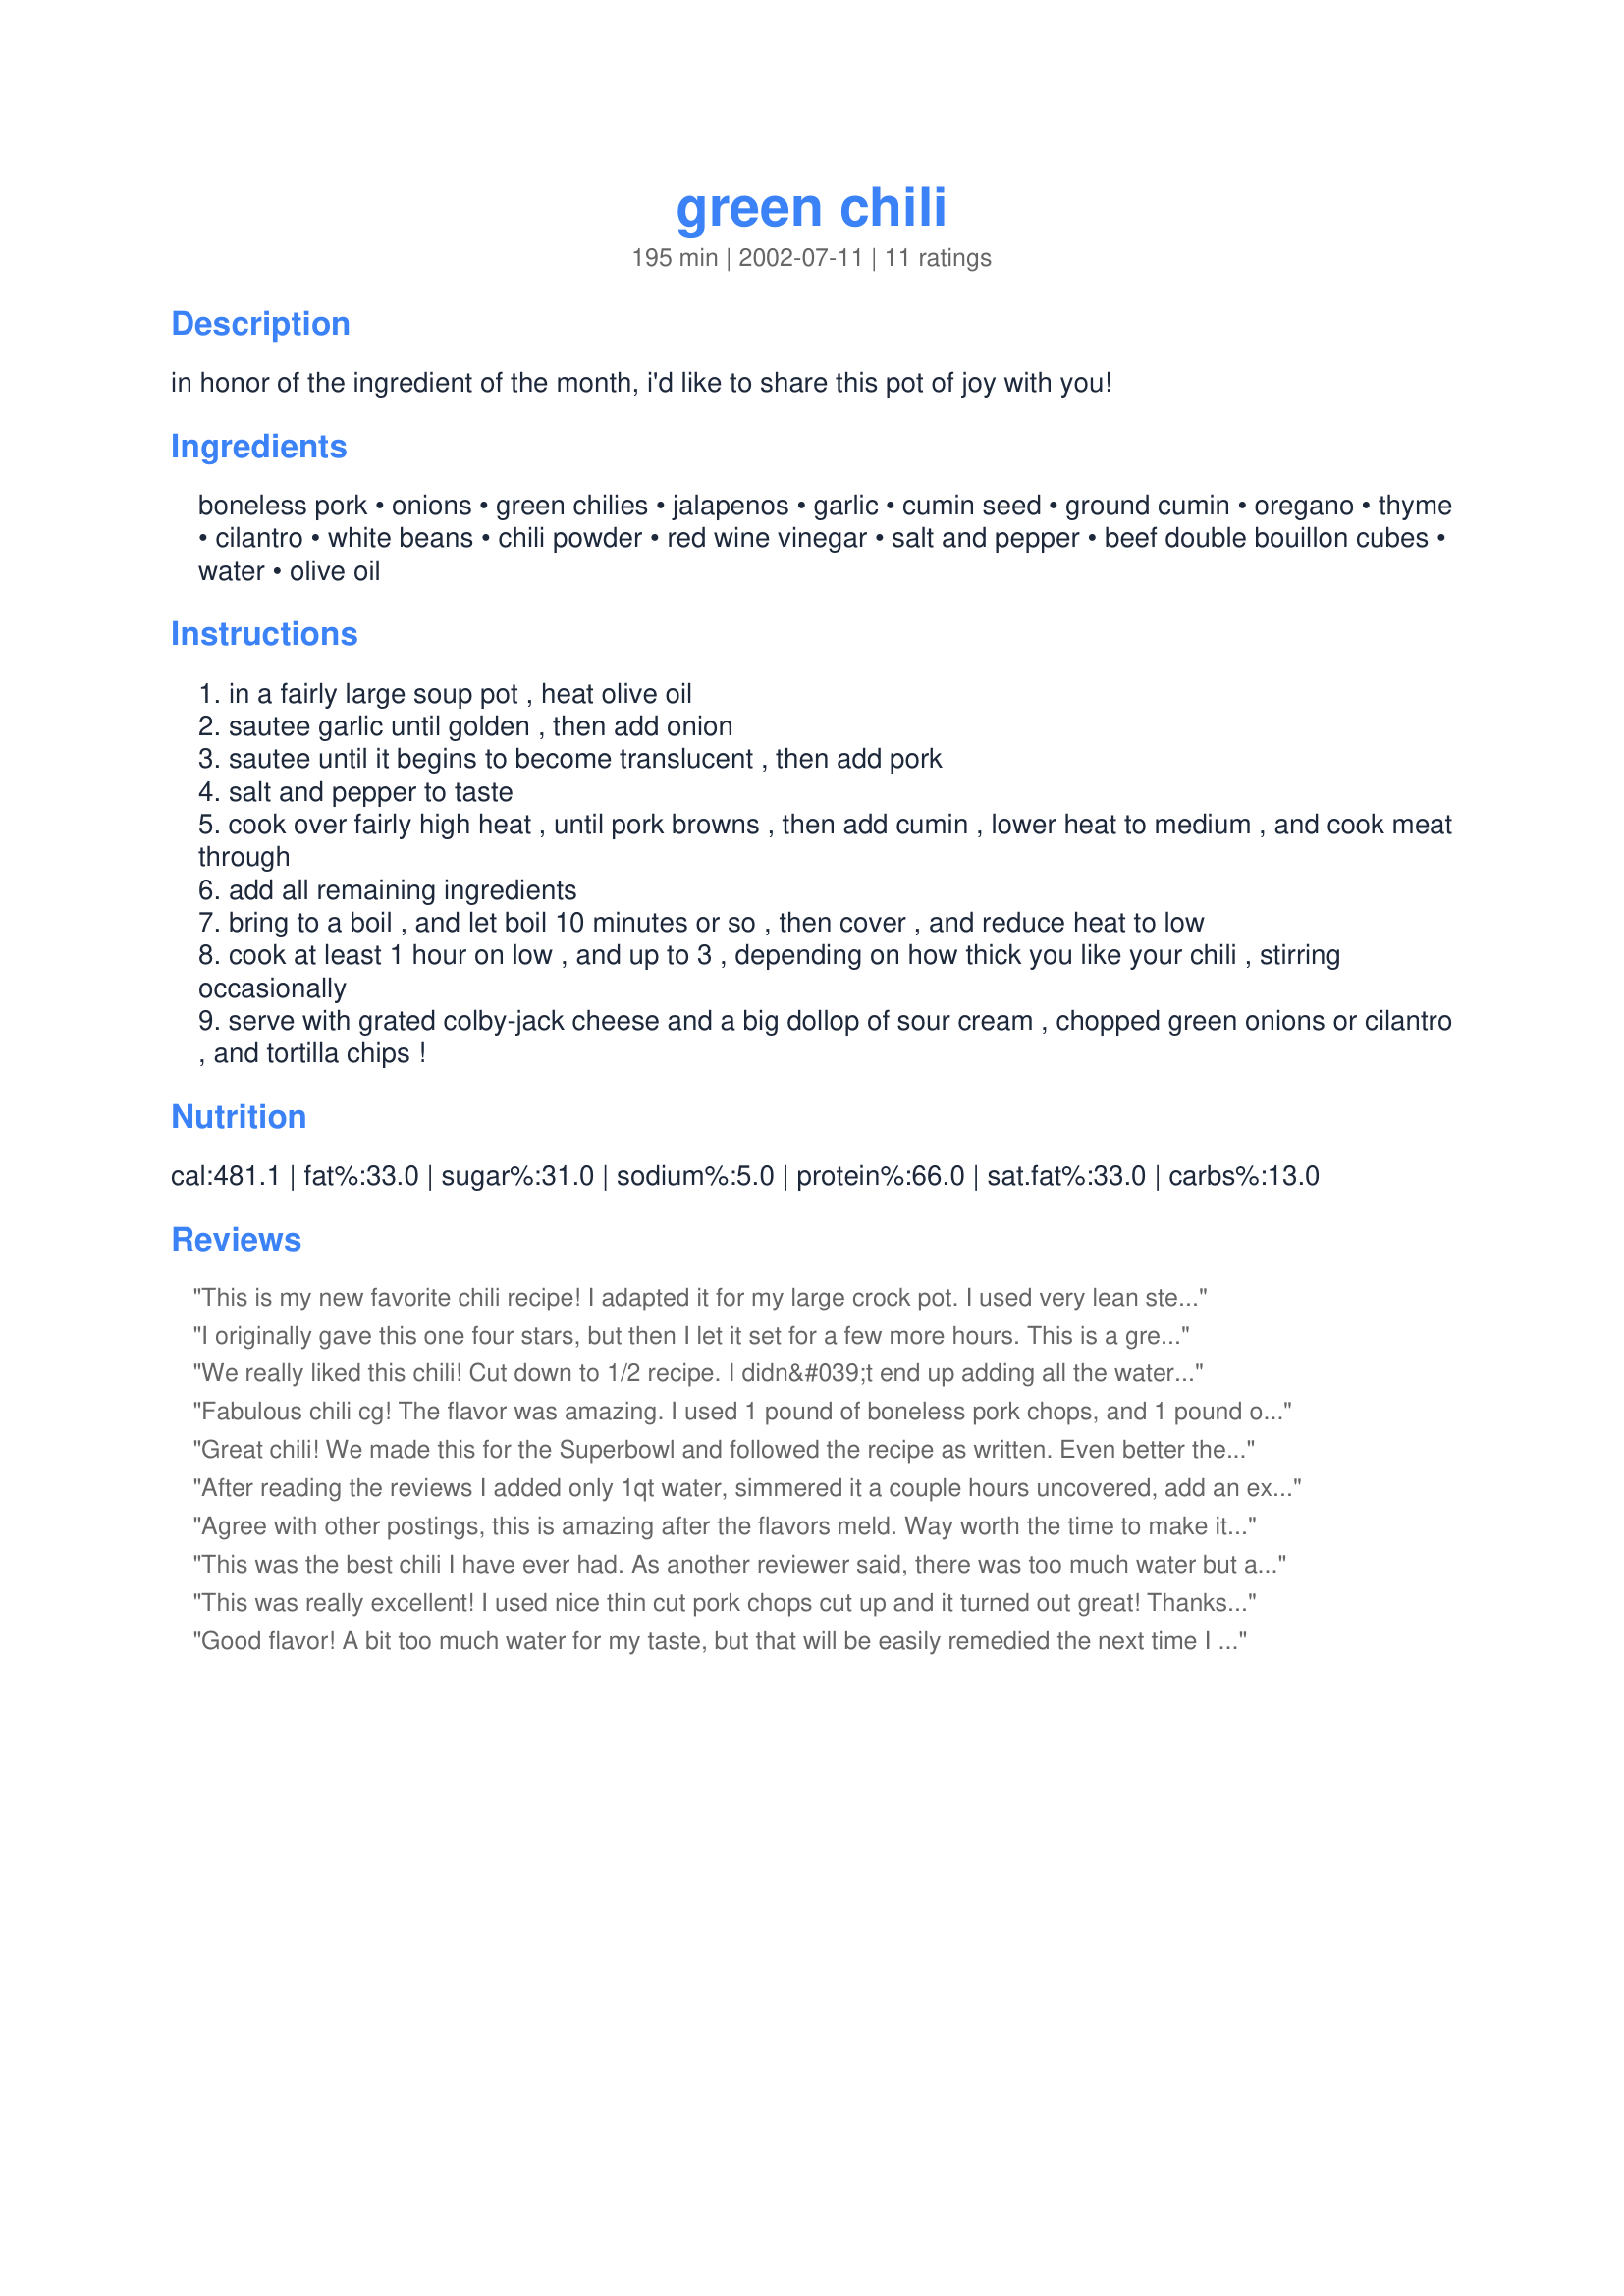
green chili
Preparation time: 195 minutes

in honor of the ingredient of the month, i'd like to share this pot of joy with you!

Ingredients:
boneless pork, onions, green chilies, jalapenos, garlic, cumin seed, ground cumin, oregano, thyme, cilantro, white beans, chili powder, red wine vinegar, salt and pepper, beef double bouillon cubes, water, olive oil

Steps:
in a fairly large soup pot , heat olive oil
sautee garlic until golden , then add onion
sautee until it begins to become translucent , then add pork
salt and pepper to taste
cook over fairly high heat , until pork browns , then add cumin , lower heat to medium , and cook meat through
add all remaining ingredients
bring to a boil , and let boil 10 minutes or so , then cover , and reduce heat to low
cook at least 1 hour on low , and up to 3 , depending on how thick you like your chili , stirring occasionally
serve with grated colby-jack cheese and a big dollop of sour cream , chopped green onions or cilantro , and tortilla chips !

Reviews:
This is my new favorite chili recipe! I adapted it for my large crock pot. I used very lean stew beef instead of pork, and 6 cups low sodium beef broth instead of boullion and water. I put everything in the crock pot except the beans and cilantro and let simmer at 250 degrees (low) for 8 hours. I added the beans and cilantro 1/2 hour before serving.
I originally gave this one four stars, but then I let it set for a few more hours. This is a great chili recipe. I should have doubled it- my husband and father almost came to blows over the last bowl. Both said it was the best chili they had ever had, and they have had a lot of chili. The recipe is fairly easy as well. My only complaint was that, based on the title of the recipe, I was expecting the chili to be green, which it is not. (should have seen that coming from the 3 T of chili powder, but I didn't).
We really liked this chili! Cut down to 1/2 recipe. I didn&#039;t end up adding all the water and let it cook for 2-3 hours to make it a little thicker (with lid off). The long cook time also made the pork really tender. Didn&#039;t have any fresh jalapenos, so used a little jarred pickled ones with a little brine added in. My toddler son ate my whole bowl, even though it was a little on the spicy side!
Fabulous chili cg! The flavor was amazing. I used 1 pound of boneless pork chops, and 1 pound of ground pork. And I didn't have any cumin seeds, so I ended up using 2 tbsp of ground cumin--yum! I also had to sub white wine vinegar for the red--someone finished it and didn't tell me, lol. Anyway, everything else was done just as your recipe says. If anyone is thinking that 2 onions is a lot, trust me, it isn't. They really cook down. So--the meat was very tender and the chili simmered for about 1 1/2 hours. The house smelled so good. I would make this again in a heartbeat--beans and all! Oh! You HAVE to put the grated cheese and dollop of sour cream on your bowl of this chili--it is delicious! Thanks cg! :)
Great chili! We made this for the Superbowl and followed the recipe as written. Even better the second day. My husband doesn't throw out five stars very often and he wants this to be our family chili recipe from now on. Thanks!!!!
After reading the reviews I added only 1qt water, simmered it a couple hours uncovered, add an extra jalapeno and 2 habanero peppers (if you love spice food its a must) and it was EXCELLENT!!!
Agree with other postings, this is amazing after the flavors meld. Way worth the time to make it the night before & reheat!!!
This was the best chili I have ever had. As another reviewer said, there was too much water but after I let it cook down for 2 hours, it was the best flavored chili ever! I used only 1lb of ground turkey instead of the 2 lbs of pork to make it healthier and I cut the cumin in half since my husband doesn't like it much. I left out the cumin seed altogether. I also substituted 2 TBS of dried cilantro since I did not have fresh. This is a keeper for sure! Thank you.
This was really excellent! I used nice thin cut pork chops cut up and it turned out great! Thanks for this great recipe as it will become a staple in my recipe book now.
Good flavor! A bit too much water for my taste, but that will be easily remedied the next time I make this.
this was some damn good chili! i made it for a new years eve party and it was a huge hit, one friend said it was the best he'd ever tasted. i used boneless country style rib meat, and substituted a can (12 oz ?) of sliced pickled jalapenos instead of raw peppers. i let it simmer for hours, adding the beans about an hour before serving.
